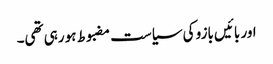
اور بائیں بازو کی سیاست مضبوط ہو رہی تھی۔